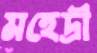
মহেদ্রী